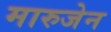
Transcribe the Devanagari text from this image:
मारुजेन